Subject: math
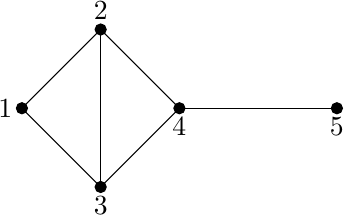
LaTeX code:
\begin{tikzpicture}

\filldraw[black] (0,0) circle (2pt)node[anchor=east]{$1$};
\filldraw[black] (2,0) circle (2pt)node[anchor=north]{$4$};
\filldraw[black] (1,1) circle (2pt)node[anchor=south]{$2$};
\filldraw[black] (1,-1) circle (2pt)node[anchor=north]{$3$};
\filldraw[black] (4,0) circle (2pt)node[anchor=north]{$5$};

\draw[black] (0,0) -- (1,-1);
\draw[black] (0,0) -- (1,1);
\draw[black] (1,1) -- (1,-1);
\draw[black] (1,1) -- (2,0);
\draw[black] (1,-1) -- (2,0);
\draw[black] (2,0) -- (4,0);
\end{tikzpicture}